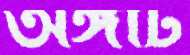
অঙ্গটি